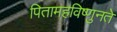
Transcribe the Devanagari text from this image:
पितामहविष्णुनते